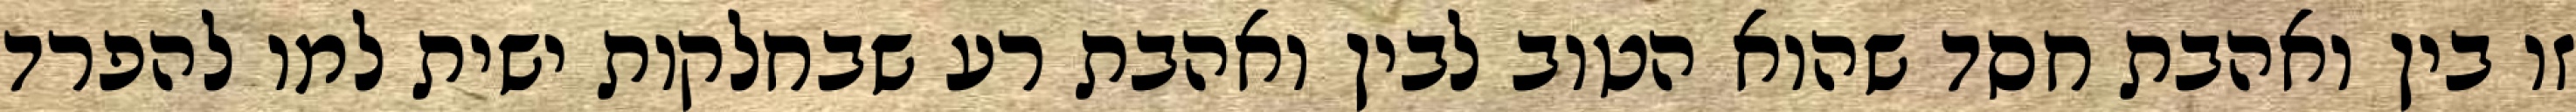
זו בין ואהבת חסד שהוא הטוב לבין ואהבת רע שבחלקות ישית למו להפרד